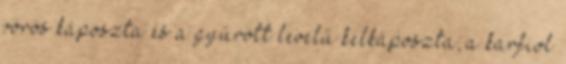
vörös káposzta és a gyűrött levelű kelkáposzta; a karfiol